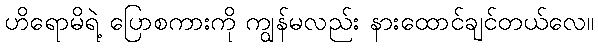
ဟိရောမိရဲ့ ပြောစကားကို ကျွန်မလည်း နားထောင်ချင်တယ်လေ။